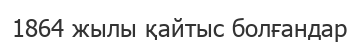
1864 жылы қайтыс болғандар